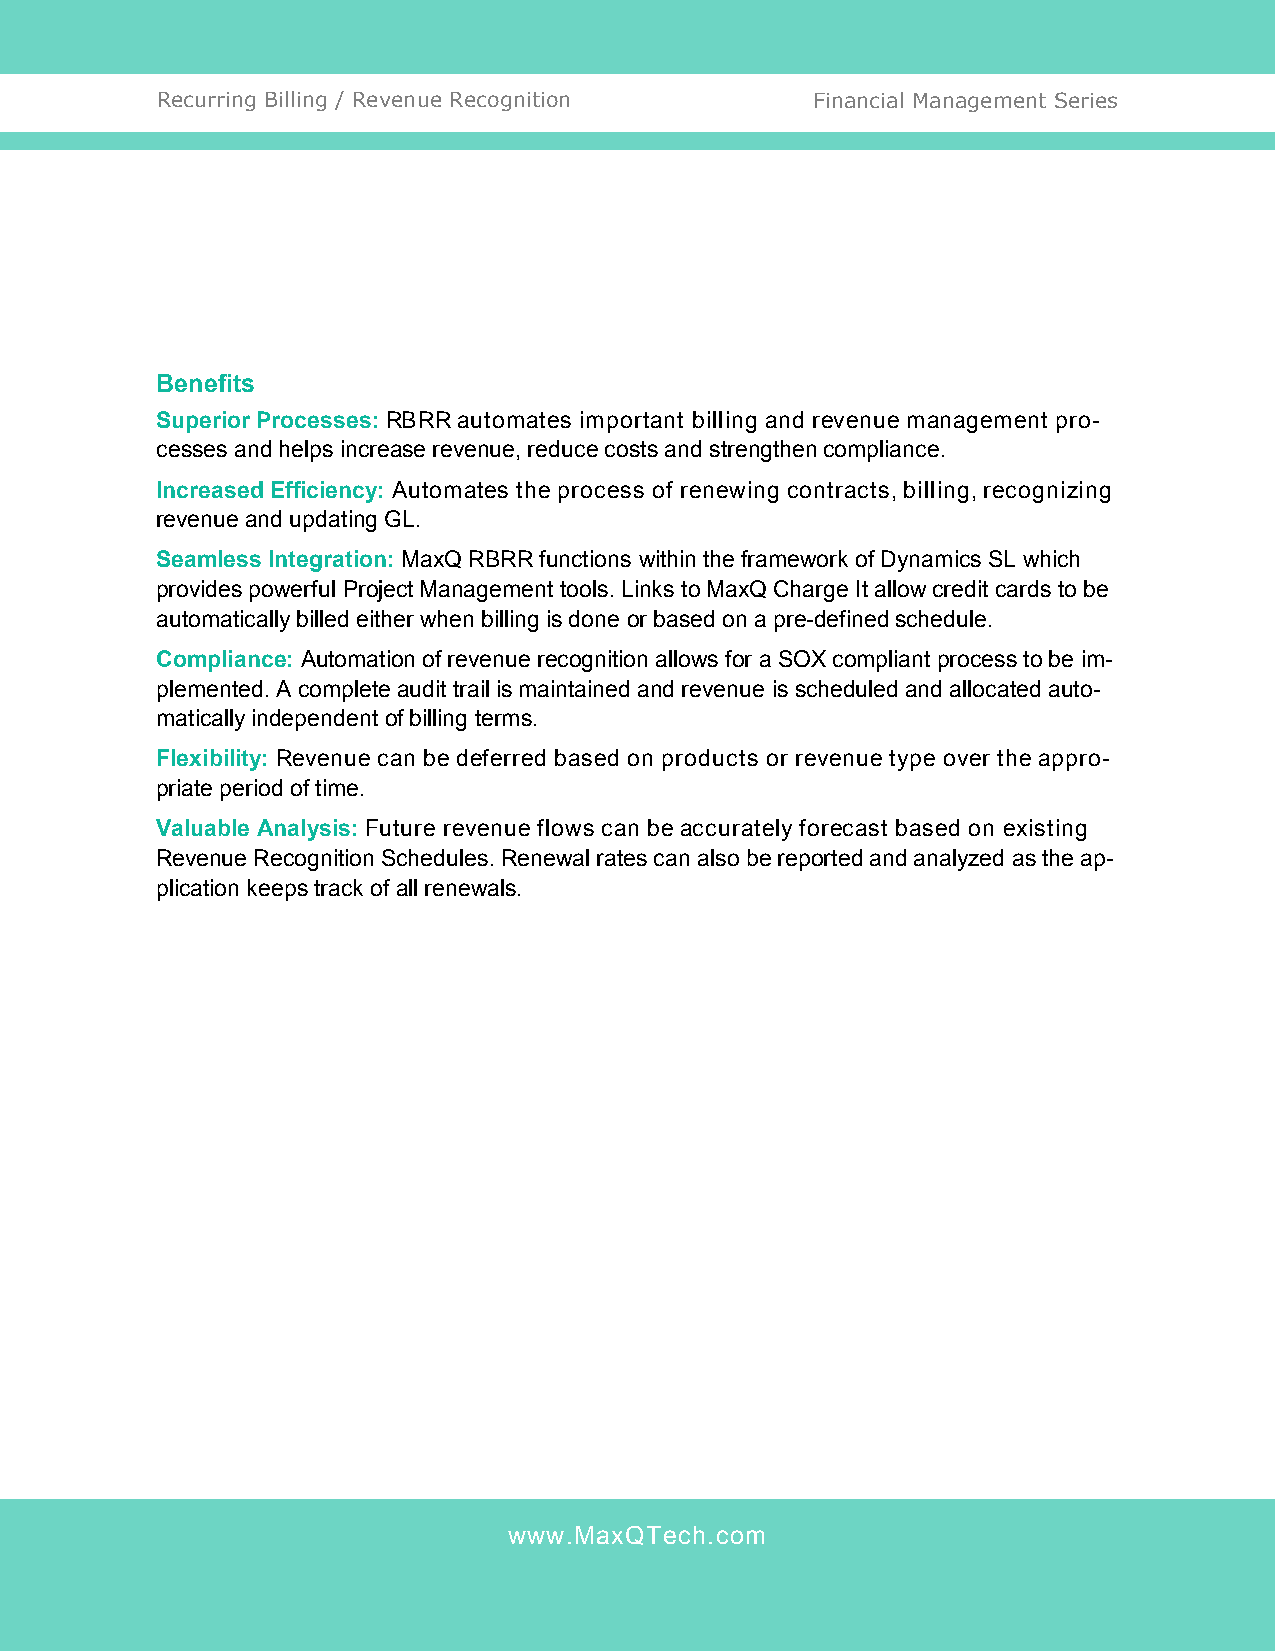
Recurring Billing / Revenue Recognition     Financial Management Series
 Benefits
 Superior Processes: RBRR automates important billing and revenue management pro-
 cesses and helps increase revenue, reduce costs and strengthen compliance.
 Increased Efficiency: Automates the process of renewing contracts, billing, recognizing
 revenue and updating GL.
 Seamless Integration: MaxQ RBRR functions within the framework of Dynamics SL which
 provides powerful Project Management tools. Links to MaxQ Charge It allow credit cards to be
 automatically billed either when billing is done or based on a pre-defined schedule.
 Compliance: Automation of revenue recognition allows for a SOX compliant process to be im-
 plemented. A complete audit trail is maintained and revenue is scheduled and allocated auto-
 matically independent of billing terms.
 Flexibility: Revenue can be deferred based on products or revenue type over the appro-
 priate period of time.
 Valuable Analysis: Future revenue flows can be accurately forecast based on existing
 Revenue Recognition Schedules. Renewal rates can also be reported and analyzed as the ap-
 plication keeps track of all renewals.
 www.MaxQTech.com